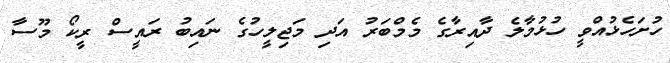
ހުށަހެޅުއްވީ ހުޅުމާލެ ދާއިރާގެ މެމްބަރު އަދި މަޖިލީހުގެ ނައިބު ރައީސް ރީކޯ މޫސާ